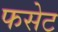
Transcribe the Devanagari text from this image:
फसेट